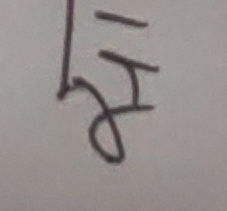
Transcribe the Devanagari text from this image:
ङ